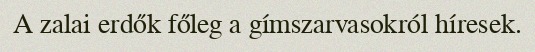
A zalai erdők főleg a gímszarvasokról híresek.